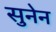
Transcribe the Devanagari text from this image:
सुनेन